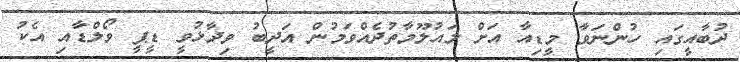
ދުބާއީގައި ހުންނަވާ މީޑިއާ އަށް މައުލޫމާތުދެއްވަމުން އަދީބު ވިދާޅުވީ ޑީޕީ ވޯލްޑާއި އެކު